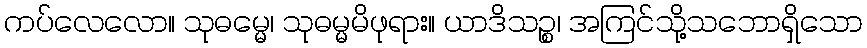
ကပ်လေလော။ သုဓမ္မေ၊ သုဓမ္မမိဖုရား။ ယာဒိသဉ္စ၊ အကြင်သို့သဘောရှိသော